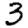
Digit: 3